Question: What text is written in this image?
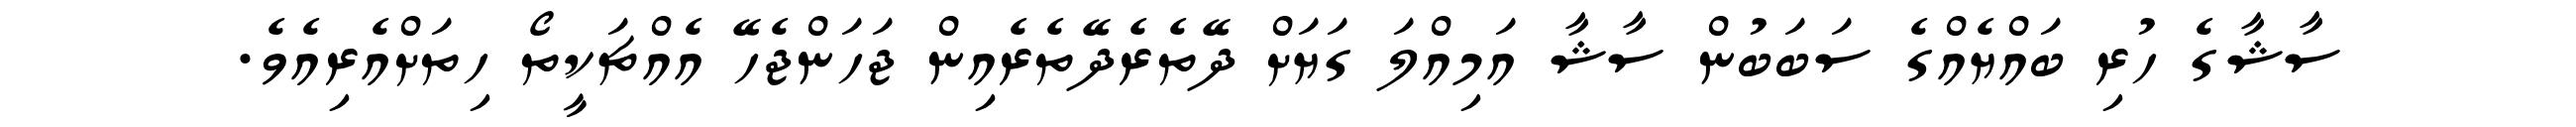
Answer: ސާޝާގެ ހުރި ބައްޔެއްގެ ސަބަބުން ސާޝާ އަމިއްލަ ގަޔަށް ދޭތެރެދޭތެރެއިން ޖަހަންޖެހޭ އެއްޗަކީތޯ ހިތަށްއެރިއެވެ.